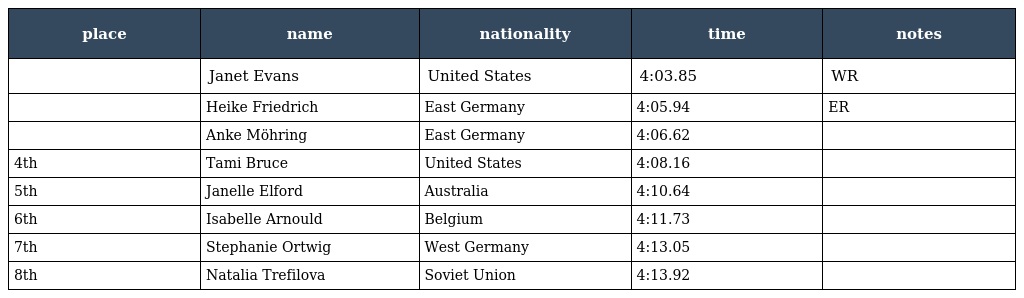
| place | name | nationality | time | notes |
 | --- | --- | --- | --- | --- |
 |  | Janet Evans | United States | 4:03.85 | WR |
 |  | Heike Friedrich | East Germany | 4:05.94 | ER |
 |  | Anke Möhring | East Germany | 4:06.62 |  |
 | 4th | Tami Bruce | United States | 4:08.16 |  |
 | 5th | Janelle Elford | Australia | 4:10.64 |  |
 | 6th | Isabelle Arnould | Belgium | 4:11.73 |  |
 | 7th | Stephanie Ortwig | West Germany | 4:13.05 |  |
 | 8th | Natalia Trefilova | Soviet Union | 4:13.92 |  |